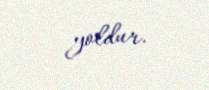
yoldur.